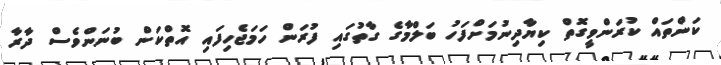
ކަންތައް ކުރަންވީގޮތް ކިޔާދިނުމަށްފަހު ބަލްމާގެ ގާތުގައި ފުރަން ހަމަޖެހިފައި އޮތްކަން ބުނަންވެސް ދާރާ